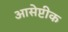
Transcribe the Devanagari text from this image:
आसेप्टीक